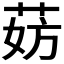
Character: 𬜹